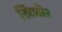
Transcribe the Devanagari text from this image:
खिजीर